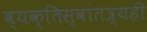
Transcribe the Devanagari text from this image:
व्यक्तिस्वांतत्र्यही